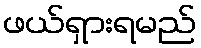
ဖယ်ရှားရမည်